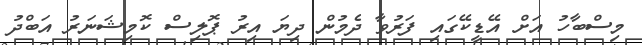
މިސްބާހު އަށް އޭޑީކޭގައި ފަރުވާ ދެމުން ދިޔަ އިރު ޕޮލިސް ކޮމިޝަނަރު އަބްދު